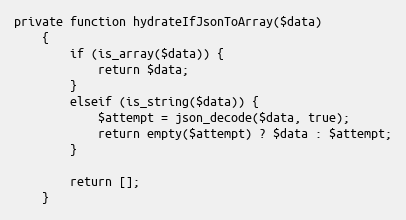
Language: PHP
private function hydrateIfJsonToArray($data)
    {
        if (is_array($data)) {
            return $data;
        }
        elseif (is_string($data)) {
            $attempt = json_decode($data, true);
            return empty($attempt) ? $data : $attempt;
        }

        return [];
    }